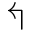
\Lsh